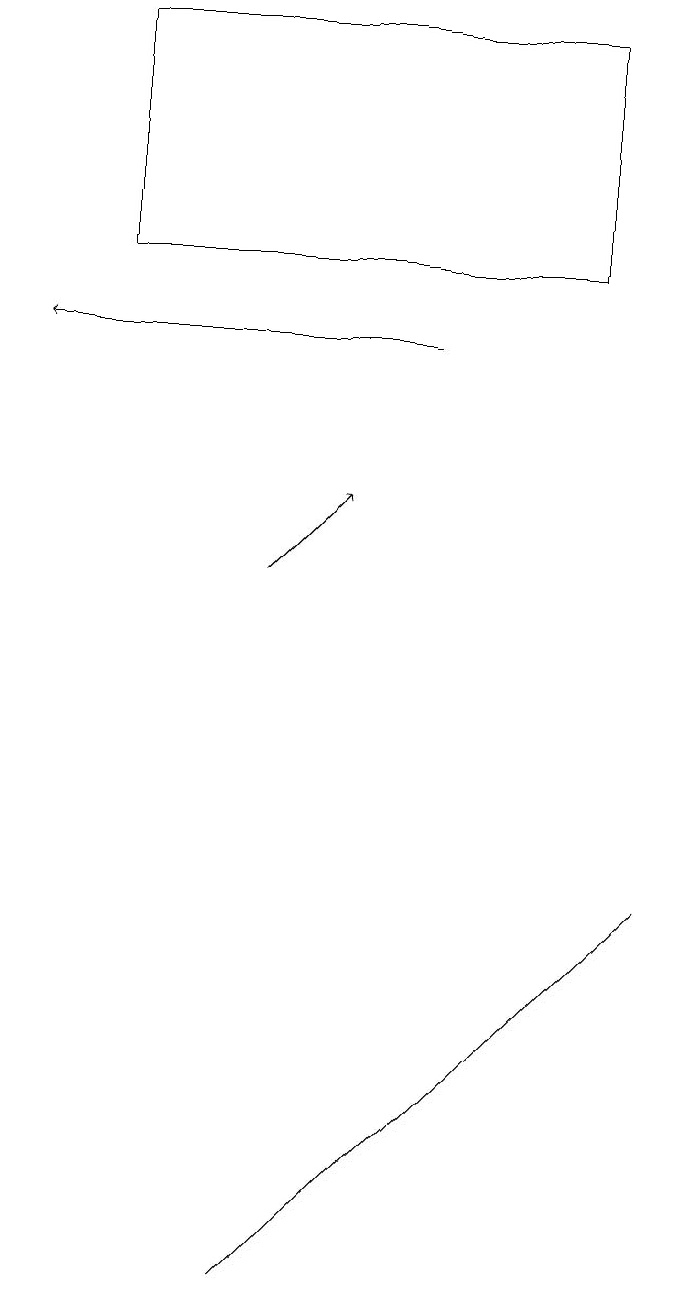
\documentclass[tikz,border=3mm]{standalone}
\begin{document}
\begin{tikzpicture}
\draw (2,16) rectangle (8,19);
\draw[->] (4,12) -- (5,13);
\draw[->] (6,15) -- (1,15);
\draw (6,5) -- (4,3) -- (9,8) -- cycle;
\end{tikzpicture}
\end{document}